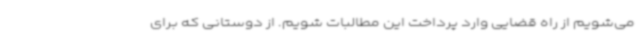
می‌شویم از راه قضایی وارد پرداخت این مطالبات شویم. از دوستانی که برای